Scientific memoirs by medical officers of the Army of India - Part XI,
Year: 1898
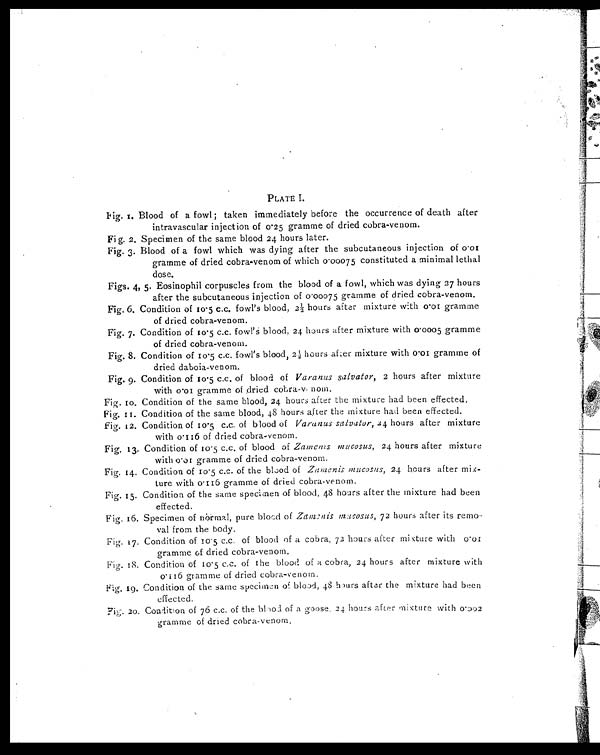
PLATE I.
Fig. 1. Blood of a fowl; taken immediately before the occurrence of death after
intravascular injection of 0. 25 gramme of dried cobra-venom.
Fig. 2. Specimen of the same blood 24 hours later.
Fig. 3. Blood of a fowl which was dying after the subcutaneous injection of 0.01
gramme of dried cobra-venom of which 0 . 00075 constituted a minimal lethal
dose.
Figs. 4, 5. Eosinophil corpuscles from the blood of a fowl, which was dying 27 hours
after the subcutaneous injection of 0.00075 gramme of dried cobra-venom.
Fig. 6. Condition of 10.5 c.c. fowl's blood, 2½ hours after mixture with 0.01 gramme
of dried cobra-venom.
Fig. 7. Condition of 10.5 c.c. fowl's blood, 24 hours after mixture with 0.0005 gramme
of dried cobra-venom.
Fig. 8. Condition of 10.5 c.c. fowl ' s blood, 2½ hours after mixture with 0.01 gramme of
dried daboia-venom.
Fig. 9. Condition of 10.5 c.c. of blood of Varanus salvator, 2 hours after mixture
with 0.01 gramme of dried cobra-venom.
Fig. 10. Condition of the same blood, 24 hours after the mixture had been effected
.
Fig. 11. Condition of the same blood, 48 hours after the mixture had been effected.
Fig. 12. Condition of 10.5 c.c. of blood of Varanus salvator, 24 hours after mixture
with 0.116 of dried cobra-venom.
Fig. 13. Condition of 10.5 c.c. of blood of Zamenis mucosus, 24 hours after mixture
with 0.01 gramme of dried cobra-venom.
Fig. 14. Condition of 10.5 C.C . of the blood of Zamenis mucosus, 24 hours after mix-
ture with 0.116 gramme of dried cobra-venom.
Fig. 15. Condition of the same specimen of blood, 48 hours after the mixture had been
effected.
Fig. 16. Specimen of normal, pure blood of Zamenis mucosus, 72 hours after its remo-
val from the body.
Fig. 17. Condition of 10.5 c.c. of blood of a cobra, 72 hours after mixture with 0.01
gramme of dried cobra-venom.
Fig. 18. Condition of 10.5 c.c. of the blood of a cobra, 24 hours after mixture with
0.116 gramme of dried cobra-venom.
Fig. 19. Condition of the same specimen of blood, 48 hours after the mixture had been
effected.
Fig. 20. Condition of 76 C.C. of the blood of a goose. 24 hours after mixture with 0.002
gramme of dried cobra-venom.